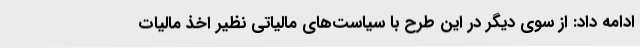
ادامه داد: از سوی دیگر در این طرح با سیاست‌های مالیاتی نظیر اخذ مالیات